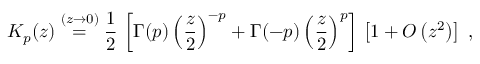
K _ { p } ( z ) \stackrel { ( z \rightarrow 0 ) } { = } \frac { 1 } { 2 } \, \left[ \Gamma ( p ) \left( \frac { z } { 2 } \right) ^ { - p } + \Gamma ( - p ) \left( \frac { z } { 2 } \right) ^ { p } \right] \, \left[ 1 + O \left( z ^ { 2 } \right) \right] \; ,